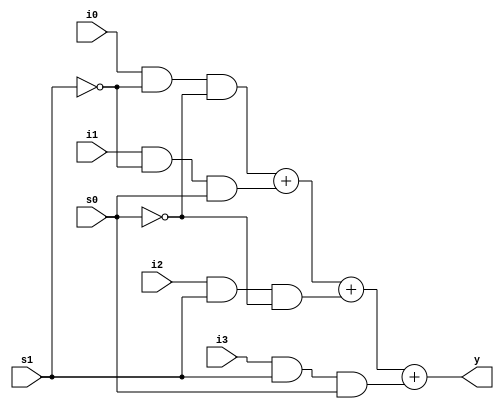
module designMUX(input i0,i1,i2,i3,s1,s0,output y);
assign y=(i0&~s1&~s0)+(i1&~s1&s0)+(i2&s1&~s0)+(i3&s1&s0);
endmodule